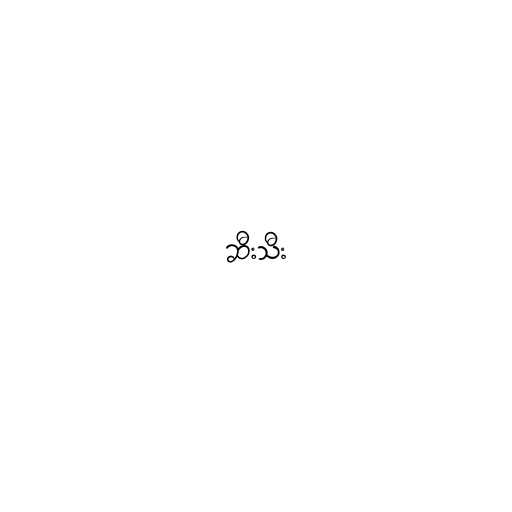
ဆီးသီး